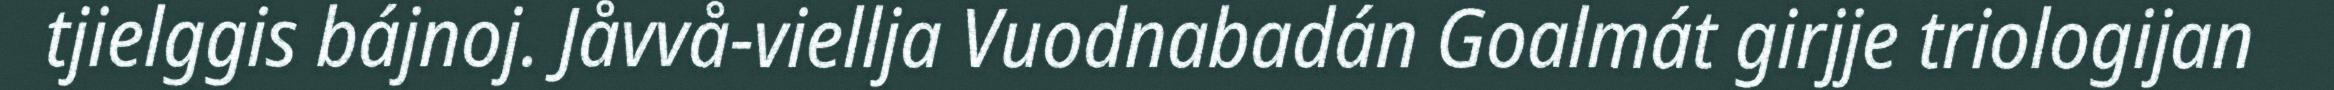
tjielggis bájnoj. Jåvvå-viellja Vuodnabadán Goalmát girjje triologijan